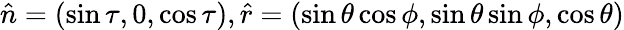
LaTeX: \hat{n}=(\sin\tau,0,\cos\tau),\hat{r}=(\sin\theta\cos\phi,\sin\theta\sin\phi,\cos\theta)